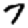
Digit: 7